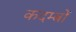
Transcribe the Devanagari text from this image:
कदम्बों